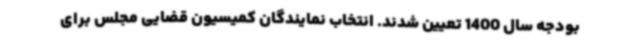
بودجه سال 1400 تعیین شدند. انتخاب نمایندگان کمیسیون قضایی مجلس برای